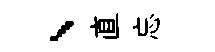
、直忘